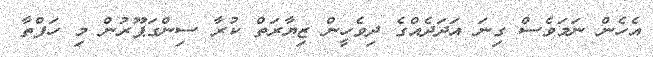
އެހެން ނަމަވެސް ގިނަ އަދަދެއްގެ ދިވެހީން ޒިޔާރަތް ކުރާ ސިންގަޕޫރުން މި ހަފްތާ